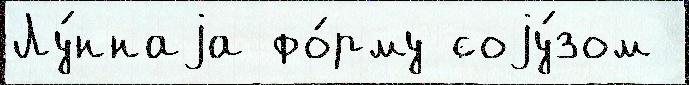
Лу́ннаjа фо́рму соjу́зом